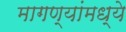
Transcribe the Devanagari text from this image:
मागण्यांमध्ये